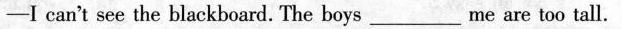
—I can't see the blackboard. The boys___me are too tall.